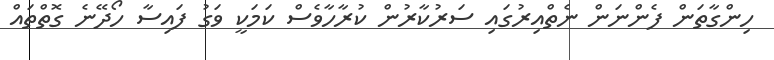
ހިންގާތަން ފެންނަން ނެތްއިރުގައި ސަރުކާރުން ކުރާހާވެސް ކަމަކީ ވަގު ފައިސާ ހޯދޭނެ ގޮތްތައް